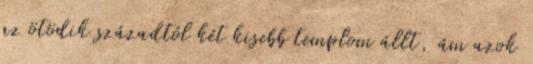
az ötödik századtól két kisebb templom állt, ám azok